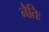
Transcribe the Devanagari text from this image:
नैतिः